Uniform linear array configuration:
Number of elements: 16
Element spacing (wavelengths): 0.75
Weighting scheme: exponential
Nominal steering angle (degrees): -60
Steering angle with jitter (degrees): -58.133
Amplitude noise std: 0.05
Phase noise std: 0.05

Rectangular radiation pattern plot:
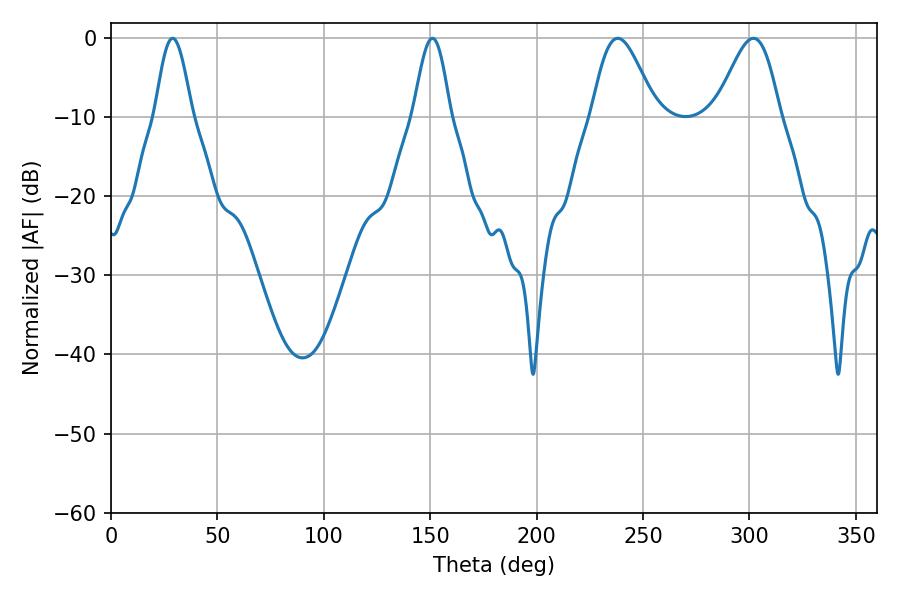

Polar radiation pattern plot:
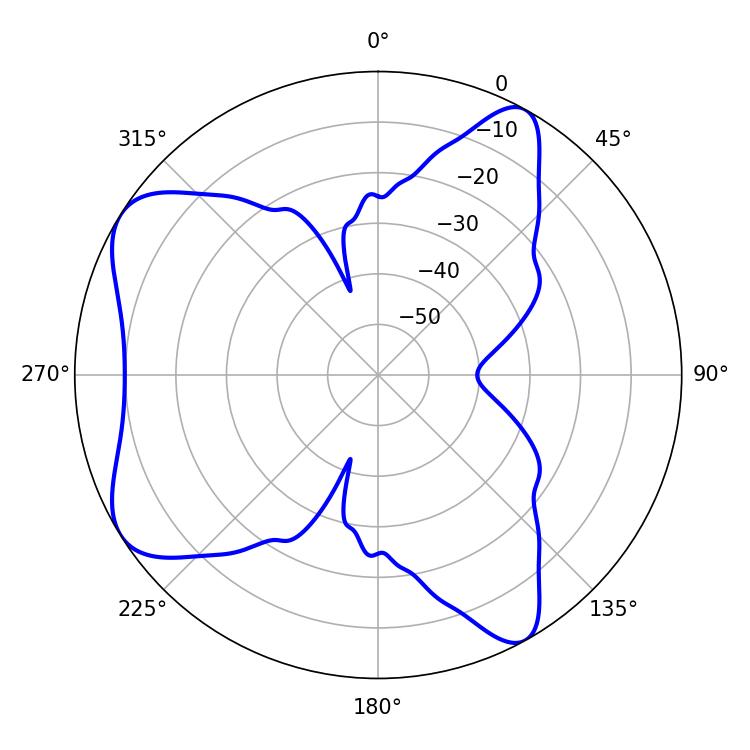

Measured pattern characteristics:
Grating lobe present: TRUE
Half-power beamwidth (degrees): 15.84
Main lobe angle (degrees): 238.14